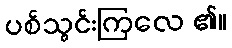
ပစ်သွင်းကြလေ ၏။